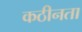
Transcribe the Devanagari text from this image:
कठीनता